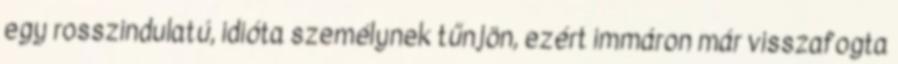
egy rosszindulatú, idióta személynek tűnjön, ezért immáron már visszafogta